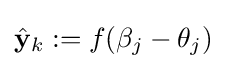
{\hat {\mathbf {y} }}_{k}:=f(\beta _{j}-\theta _{j})